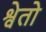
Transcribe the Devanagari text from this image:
श्वेतो